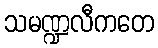
သမဏ္ဍလီကတေ